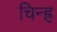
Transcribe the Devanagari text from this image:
चिन्ह्र